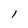
Character: l